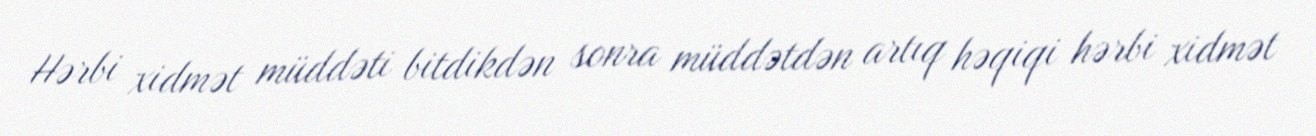
Hərbi xidmət müddəti bitdikdən sonra müddətdən artıq həqiqi hərbi xidmət